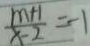
\frac { m + 1 } { x - 2 } = - 1